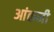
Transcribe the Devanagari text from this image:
आंकनी